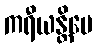
ကရီယန္တိပေ